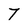
Character: 7